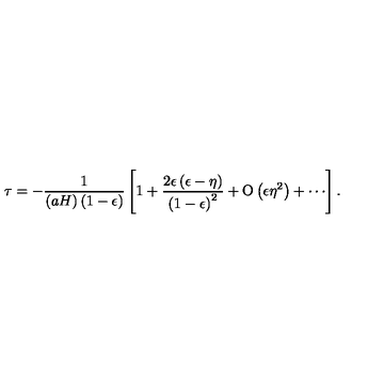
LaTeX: \tau = - { \frac { 1 } { \left( a H \right) \left( 1 - \epsilon \right) } } \left[ 1 + { \frac { 2 \epsilon \left( \epsilon - \eta \right) } { \left( 1 - \epsilon \right) ^ { 2 } } } + \mathrm { O } \left( \epsilon \eta ^ { 2 } \right) + \cdots \right] .